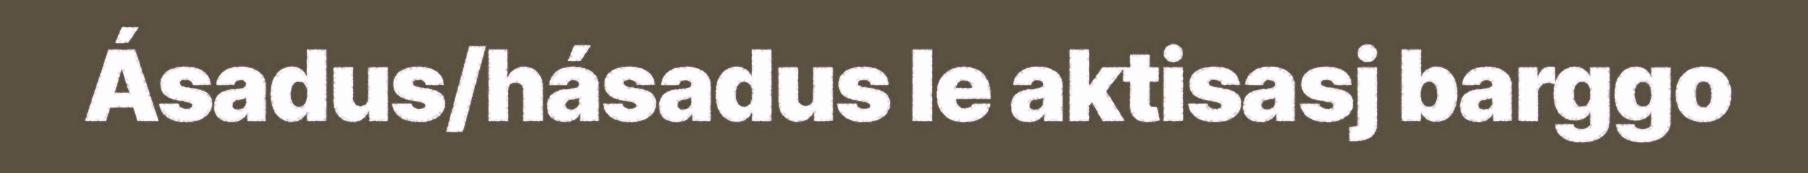
Ásadus/hásadus le aktisasj barggo